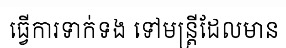
ធ្វើការទាក់ទង ទៅមន្ត្រីដែលមាន